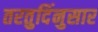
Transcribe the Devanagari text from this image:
तरतुदिंनुसार